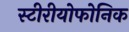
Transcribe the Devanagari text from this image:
स्टीरीयोफोनिक